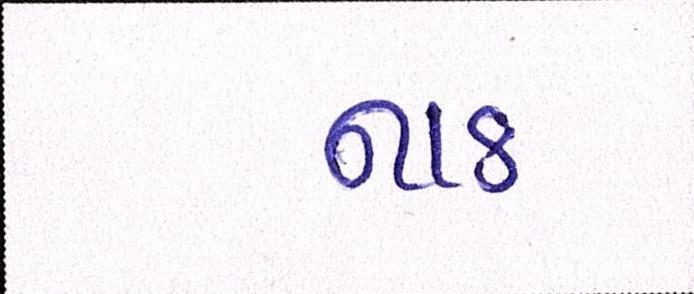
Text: નાક